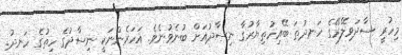
މިހުރީ ސާދަވިލޭރޭގެ ހަނދުތަ ބޭއިހުތިޔާރުގާ ނިސާދުއަށް ބުނެވުނެވެ. އަހަރެންނަކީ ނިސާދުގެ ހިތުގެ ހަނދު.